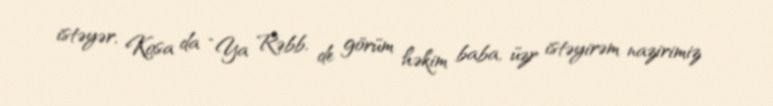
istəyər, Kosa da “Ya Rəbb, de görüm həkim baba, üzr istəyirəm nazirimiz